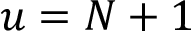
u = N + 1